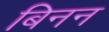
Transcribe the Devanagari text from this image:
बिनन